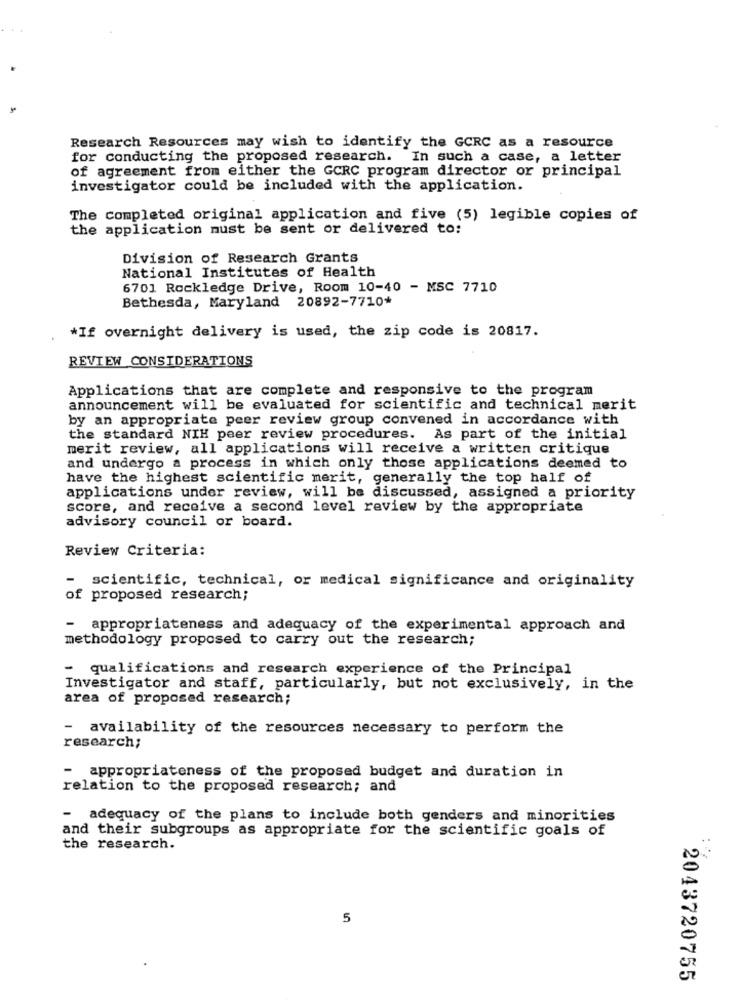
Research Resources may wish to identify the GCRC as a resource
for conducting the proposed research. In such a case, a letter
of agreement from either the GCRC program director or principal
investigator could be included with the application.
The completed original application and five (5) legible copies of
the application must be sent or delivered to:
Division of Research Grants
National Institutes of Health
6701 Rockledge Drive, Room 10-40 - MSC 7710
Bethesda, Maryland 20892-7710*
*If overnight delivery is used, the zip code is 20817.
REVIEW CONSIDERATIONS
Applications that are complete and responsive to the program
announcement will be evaluated for scientific and technical merit
by an appropriate peer review group convened in accordance with
the standard NIH peer review procedures. As part of the initial
merit review, all applications will receive a written critique
and undergo a process in which only those applications deemed to
have the highest scientific merit, generally the top half of
applications under review, will be discussed, assigned a priority
score, and receive a second level review by the appropriate
advisory council or board.
Review Criteria:
- scientific, technical, or medical significance and originality
of proposed research;
- appropriateness and adequacy of the experimental approach and
methodology proposed to carry out the research;
- qualifications and research experience of the Principal
Investigator and staff, particularly, but not exclusively, in the
area of proposed research;
- availability of the resources necessary to perform the
research;
- appropriateness of the proposed budget and duration in
relation to the proposed research; and
-
adequacy of the plans to include both genders and minorities
and their subgroups as appropriate for the scientific goals of
. .
the research.
5
2043720755